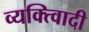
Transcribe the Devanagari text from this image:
व्यक्त्विादी